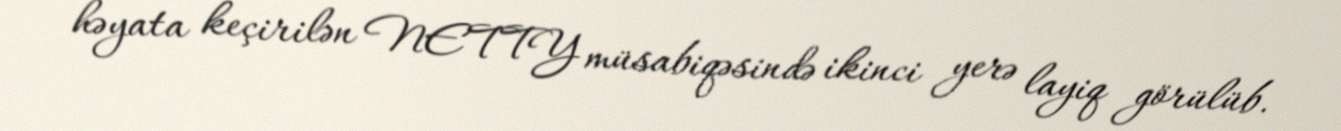
həyata keçirilən NETTY müsabiqəsində ikinci yerə layiq görülüb.